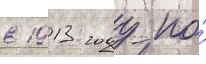
в 1913 году по́